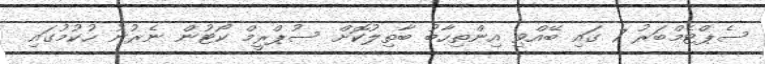
ސެޕްޓެމްބަރު 7 ގައި ބޭއްވި އިންތިހާބު ބާތިލުކޮށް ސުޕްރީމް ކޯޓުން ނެރުނު ހުކުމުގައި